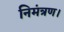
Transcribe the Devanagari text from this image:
निमंत्रण।